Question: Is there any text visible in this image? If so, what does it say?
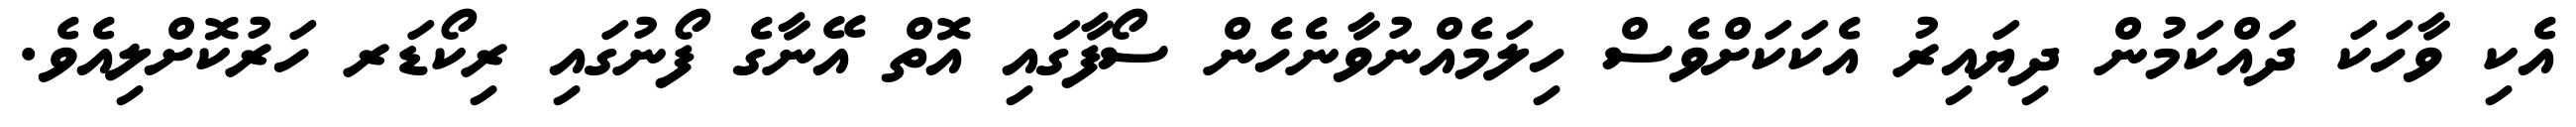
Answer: އެކި ވާހަކަ ދައްކަމުން ދިޔައިރު އެކަކަށްވެސް ހިލަމެއްނުވާނެހެން ސޯފާގައި އޮތް އޭނާގެ ފޯނުގައި ރިކޯޑަރ ހަރުކޮށްލިއެވެ.